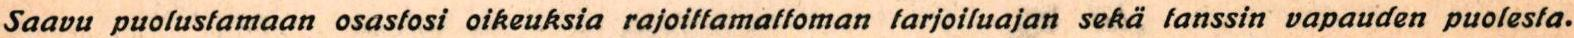
Saavu puolustamaan osastosi oikeuksia rajoittamattoman tarjoiluajan sekä tanssin vapauden puolesta.